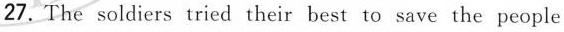
27.The soldiers tried their best to save the people